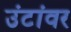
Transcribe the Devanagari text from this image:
उंटांवर